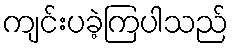
ကျင်းပခဲ့ကြပါသည်